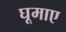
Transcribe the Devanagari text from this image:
घूमाए